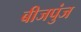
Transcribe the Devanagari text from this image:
बीजपुंज